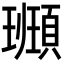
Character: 𩔮